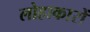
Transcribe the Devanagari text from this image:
लोहाकारों